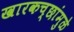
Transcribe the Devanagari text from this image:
खारकच्छांमुळे